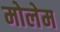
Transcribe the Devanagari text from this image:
मोलेम